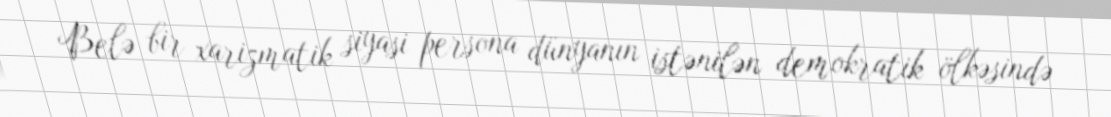
Belə bir xarizmatik siyasi persona dünyanın istənilən demokratik ölkəsində